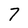
Character: 7